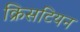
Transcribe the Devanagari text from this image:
क्रिसटियन